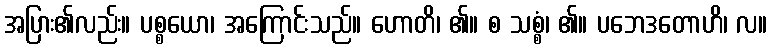
အပြား၏လည်း။ ပစ္စယော၊ အကြောင်းသည်။ ဟောတိ၊ ၏။ စ သစ္စံ၊ ၏။ ပဘေဒတောဟိ၊ လ။